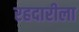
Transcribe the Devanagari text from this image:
रहदारीला